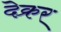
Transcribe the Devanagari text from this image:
देक्रर